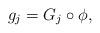
LaTeX: \begin{align*}g_j=G_j\circ\phi,\end{align*}